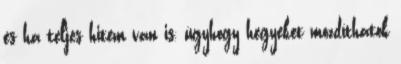
és ha teljes hitem van is, úgyhogy hegyeket mozdíthatok